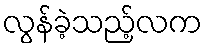
လွန်ခဲ့သည့်လက